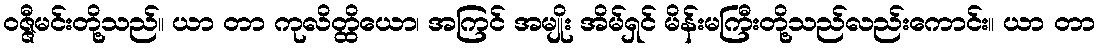
ဝဇ္ဇီမင်းတို့သည်။ ယာ တာ ကုလိတ္ထိယော၊ အကြင် အမျိုး အိမ်ရှင် မိန်းမကြီးတို့သည်လည်းကောင်း။ ယာ တာ